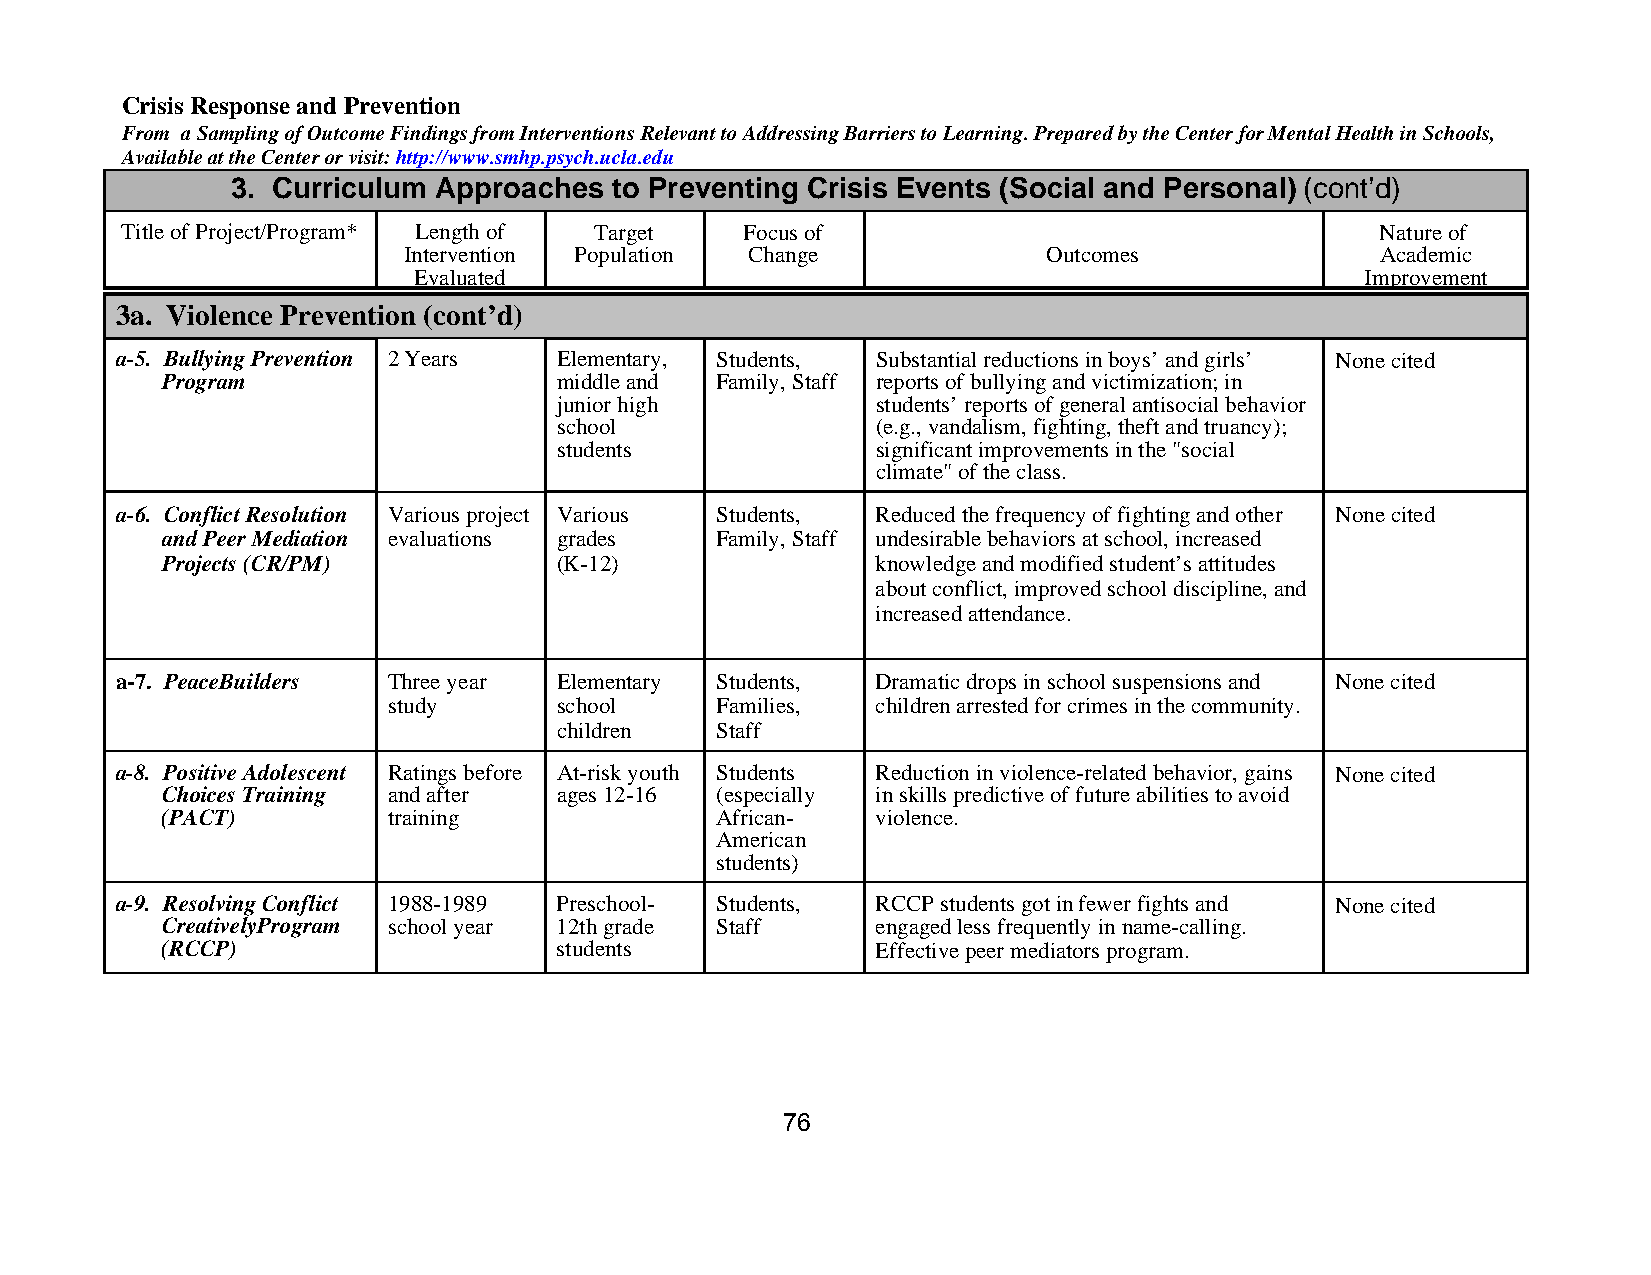
Crisis Response and Prevention
 From a Sampling of Outcome Findings from Interventions Relevant to Addressing Barriers to Learning. Prepared by the Center for Mental Health in Schools,
 Available at the Center or visit: http://www.smhp.psych.ucla.edu
 3. Curriculum Approaches  to Preventing Crisis Events (Social and Personal) (cont’d)
 Title of Project/Program* Length of Target Focus of                                Nature of
 Intervention Population Change            Outcomes              Academic
 Evaluated                                                      Improvement
 3a. Violence Prevention (cont’d)
 a-5. Bullying Prevention 2 Years Elementary, Students, Substantial reductions in boys’ and girls’ None cited
 Program                   middle and Family, Staff reports of bullying and victimization; in
 junior high          students’ reports of general antisocial behavior
 school               (e.g., vandalism, fighting, theft and truancy);
 students             significant improvements in the "social
 climate" of the class.
 a-6. Conflict Resolution Various project Various Students, Reduced the frequency of fighting and other None cited
 and Peer Mediation evaluations grades Family, Staff undesirable behaviors at school, increased
 Projects (CR/PM)          (K-12)               knowledge and modified student’s attitudes
 about conflict, improved school discipline, and
 increased attendance.
 a-7. PeaceBuilders Three year Elementary Students, Dramatic drops in school suspensions and None cited
 study      school    Families,  children arrested for crimes in the community.
 children  Staff
 a-8. Positive Adolescent Ratings before At-risk youth Students Reduction in violence-related behavior, gains None cited
 Choices Training and after ages 12-16 (especially in skills predictive of future abilities to avoid
 (PACT)         training             African-   violence.
 American
 students)
 a-9. Resolving Conflict 1988-1989 Preschool- Students, RCCP students got in fewer fights and None cited
 CreativelyProgram school year 12th grade Staff engaged less frequently in name-calling.
 (RCCP)                    students             Effective peer mediators program.
 76